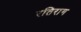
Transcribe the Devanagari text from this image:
रतिराग